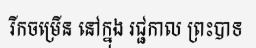
រីកចម្រើន នៅក្នុង រជ្ជកាល ព្រះបាទ